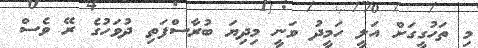
މި ތަހުގީގަށް އަލީ ހަމީދު ވަނީ މިދިޔަ ބުރާސްފަތި ދުވަހުގެ ރޭ ވެސް